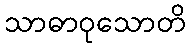
သာဓာဝုသောတိ